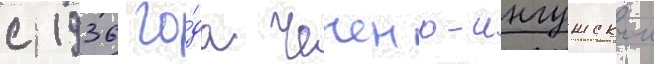
с 1936 го́да чечено-ингушскои